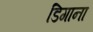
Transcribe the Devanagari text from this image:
डिगाना